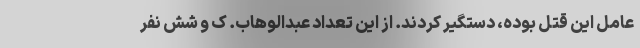
عامل این قتل بوده، دستگیر کردند. از این تعداد عبدالوهاب. ک و شش نفر